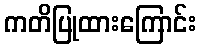
ကတိပြုထားကြောင်း